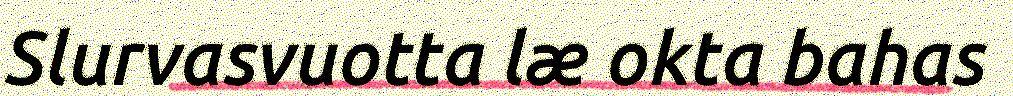
Slurvasvuotta læ okta bahas